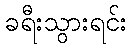
ခရီးသွားရင်း